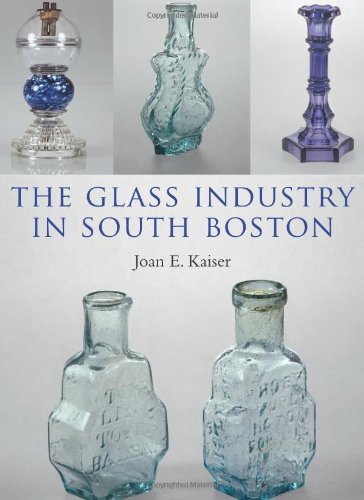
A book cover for The Glass Industry in South Boston; Joan E. Kaiser; Business & Money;